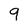
Character: 9